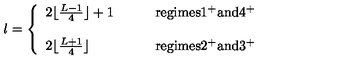
l = \left\{ \begin{array} { l l } { 2 \lfloor \frac { L - 1 } { 4 } \rfloor + 1 } & { \qquad \mathrm { r e g i m e s 1 ^ + a n d 4 ^ + } } \\ { } & { } \\ { 2 \lfloor \frac { L + 1 } { 4 } \rfloor } & { \qquad \mathrm { r e g i m e s 2 ^ + a n d 3 ^ + } } \\ \end{array} \right.